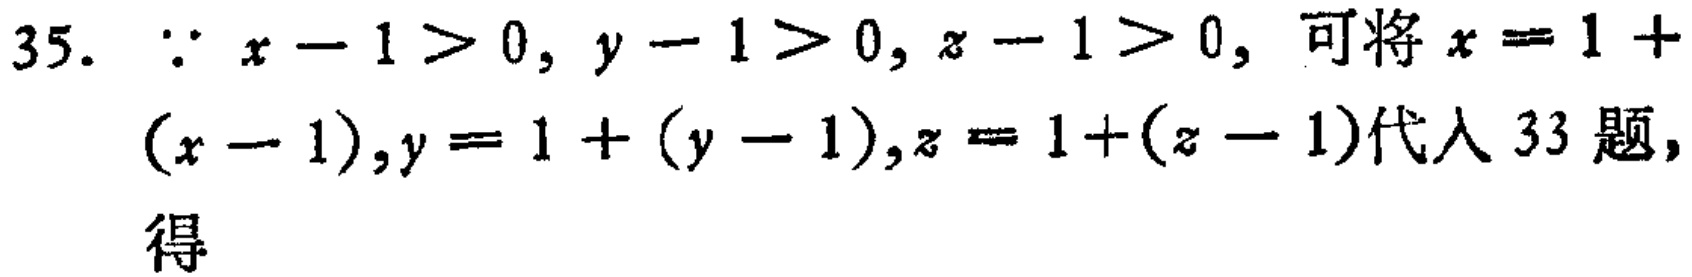
35. $\because x - 1 > 0, y - 1 > 0, z - 1 > 0,$ 可将 $x = 1 + (x - 1),y = 1 + (y - 1),z = 1+(z - 1)$代入 33 题, 得